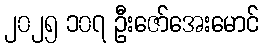
၂၀၂၅ ၁၀၇ ဦးဇော်အေးမောင်